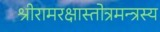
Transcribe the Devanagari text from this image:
श्रीरामरक्षास्तोत्रमन्त्रस्य